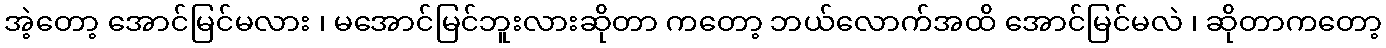
အဲ့တော့ အောင်မြင်မလား ၊ မအောင်မြင်ဘူးလားဆိုတာ ကတော့ ဘယ်လောက်အထိ အောင်မြင်မလဲ ၊ ဆိုတာကတော့